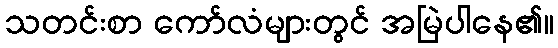
သတင်းစာ ကော်လံများတွင် အမြဲပါနေ၏။